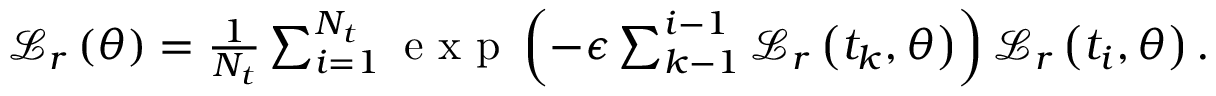
\begin{array} { r } { \mathcal { L } _ { r } \left( \boldsymbol { \theta } \right) = \frac { 1 } { N _ { t } } \sum _ { i = 1 } ^ { N _ { t } } \mathrm { ~ e ~ x ~ p ~ } \left( - \epsilon \sum _ { k - 1 } ^ { i - 1 } \mathcal { L } _ { r } \left( t _ { k } , \boldsymbol { \theta } \right) \right) \mathcal { L } _ { r } \left( t _ { i } , \boldsymbol { \theta } \right) . } \end{array}